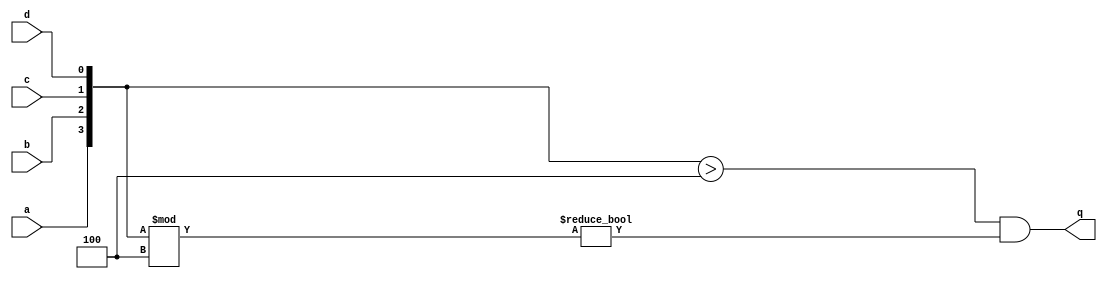
module top_module (
    input a,
    input b,
    input c,
    input d,
    output q );//

    assign q = {a, b, c, d} > 4 && ({a, b, c, d}%4 != 0);

endmodule